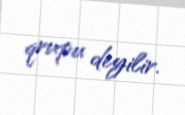
qrupu deyilir.